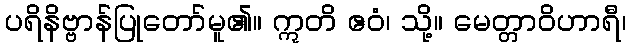
ပရိနိဗ္ဗာန်ပြုတော်မူ၏။ ဣတိ ဧဝံ၊ သို့။ မေတ္တာဝိဟာရီ၊